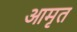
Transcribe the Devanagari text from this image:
आमृत